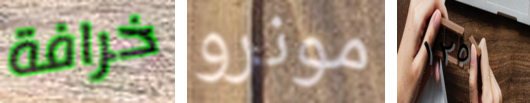
خرافة مونرو ١٢٥